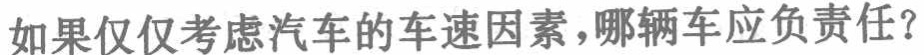
如果仅仅考虑汽车的车速因素，哪辆车应负责任？